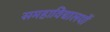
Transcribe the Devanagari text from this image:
समहाविद्यालयों